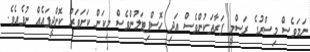
ނަމަވެސް މިސްރުގެ ރަސްމީ ފަރާތަކުންވެސް އަދި ހޮސްޕިޓަލުންވެސް މިކަން ކަށަވަރު ކޮށްދީފައެއް ނުވެއެވެ.